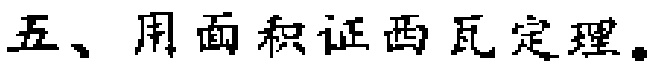
五、用面积证西瓦定理。